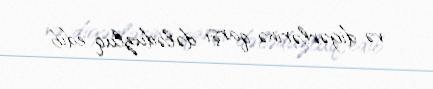
və digərlərinə qarşı dələduzluq edib.